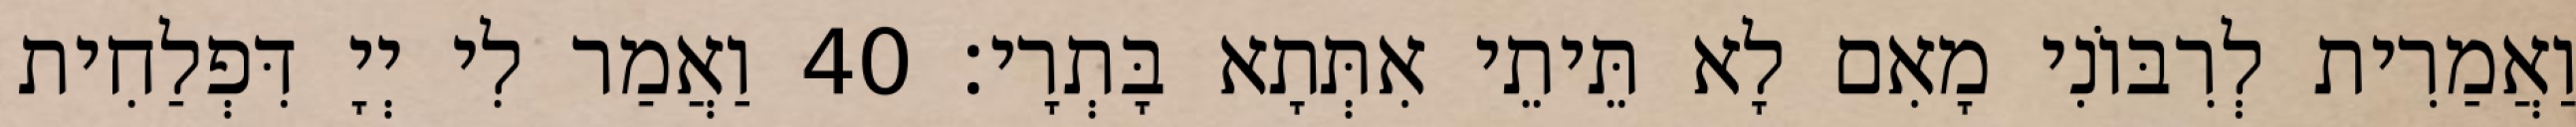
וַאֲמַרִית לְרִבּוֹנִי מָאִם לָא תֵּיתֵי אִתְּתָא בָּתְרָי׃ 40 וַאֲמַר לִי יְיָ דִּפְלַחִית